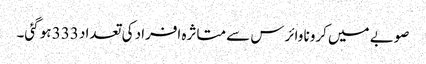
صوبے میں کرونا وائرس سے متاثرہ افراد کی تعداد 333 ہو گئی۔